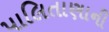
પાલિતાણાની